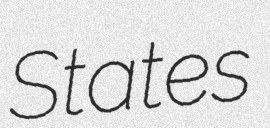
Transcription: States